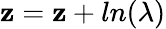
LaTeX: \mathbf{z}=\mathbf{z}+ln(\lambda)